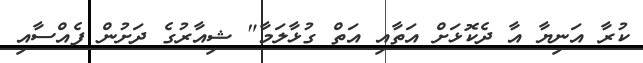
ކުރާ އަނިޔާ އާ ދެކޮޅަށް އަތާއި އަތް ގުޅާލަމާ" ޝިއާރުގެ ދަށުން ފެއްސާއި